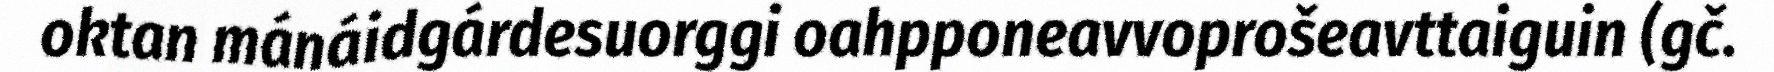
oktan mánáidgárdesuorggi oahpponeavvoprošeavttaiguin (gč.